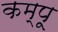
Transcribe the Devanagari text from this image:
कम्पू